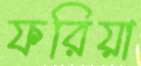
ফরিয়া